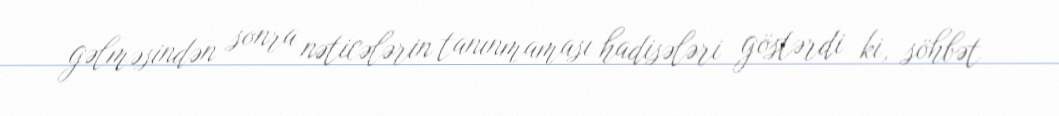
gəlməsindən sonra nəticələrin tanınmaması hadisələri göstərdi ki, söhbət